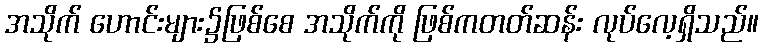
အသိုက် ဟောင်းများ၌ဖြစ်စေ အသိုက်ကို ဖြစ်ကတတ်ဆန်း လုပ်လေ့ရှိသည်။